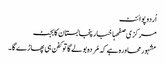
اُردو پوائنٹ
مرکزی صفحہاخبارپنجابستان کابجٹ
مشہورمحاورہ ہے کہ مُردہ بولے گاتو کفن ہی پھاڑے گا۔